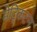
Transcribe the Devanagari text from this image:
मेट्रिकटन